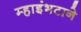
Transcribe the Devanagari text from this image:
म्हाइंभटाने